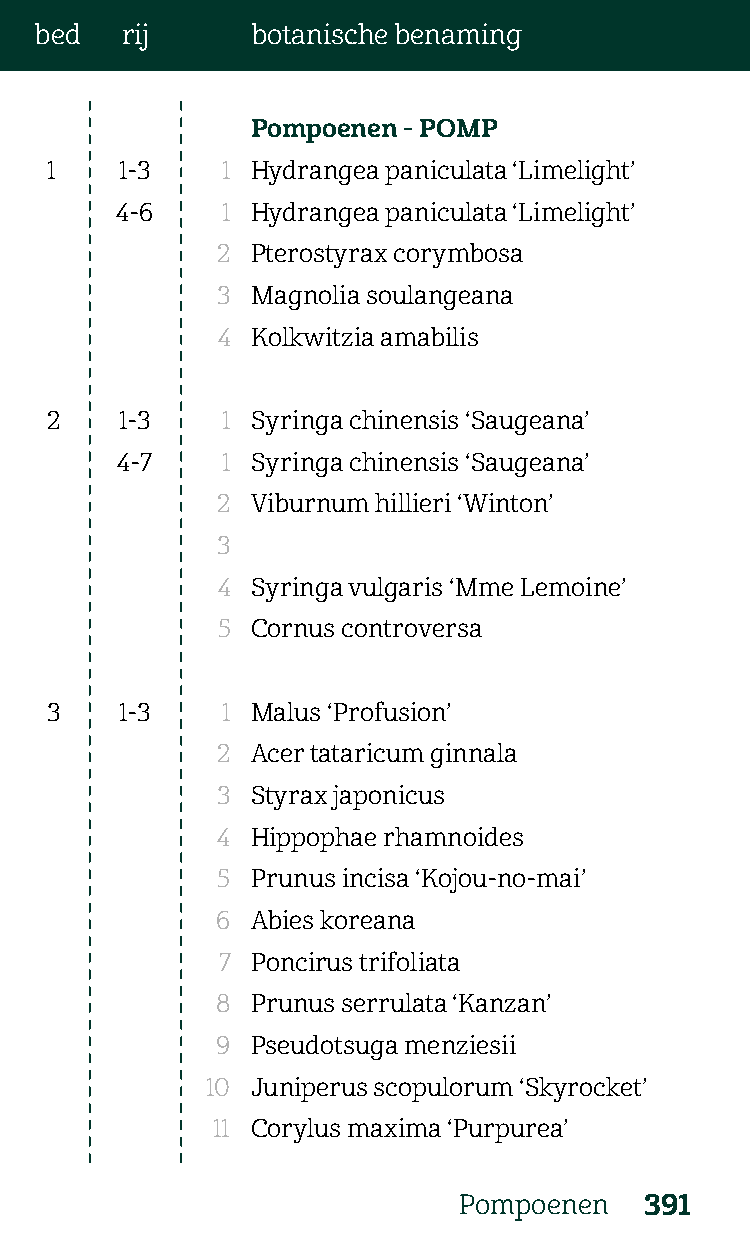
bed   rij      botanische benaming
 Pompoenen - POMP
 1    1-3    1 Hydrangea paniculata ‘Limelight’
 4-6    1 Hydrangea paniculata ‘Limelight’
 2  Pterostyrax corymbosa
 3  Magnolia soulangeana
 4  Kolkwitzia amabilis
 2    1-3    1 Syringa chinensis ‘Saugeana’
 4-7    1 Syringa chinensis ‘Saugeana’
 2  Viburnum hillieri ‘Winton’
 3
 4  Syringa vulgaris ‘Mme Lemoine’
 5  Cornus controversa
 3    1-3    1 Malus ‘Profusion’
 2  Acer tataricum ginnala
 3  Styrax japonicus
 4  Hippophae rhamnoides
 5  Prunus incisa ‘Kojou-no-mai’
 6  Abies koreana
 7  Poncirus trifoliata
 8  Prunus serrulata ‘Kanzan’
 9  Pseudotsuga menziesii
 10 Juniperus scopulorum ‘Skyrocket’
 11 Corylus maxima ‘Purpurea’
 Pompoenen    391